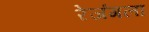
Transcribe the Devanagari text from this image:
रेजंगला